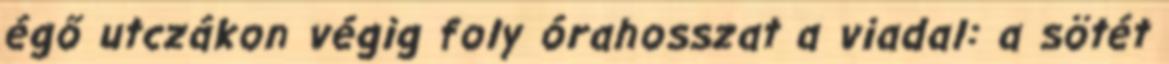
égő utczákon végig foly órahosszat a viadal: a sötét